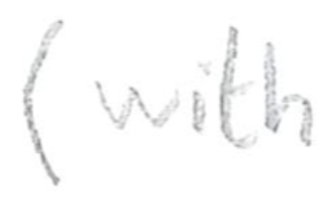
Text: (with
Cross-out: clean
Writing tool: pencil